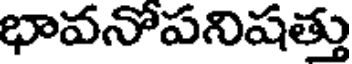
భావనోపనిషత్తు